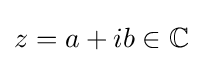
z=a+ib\in \mathbb {C}